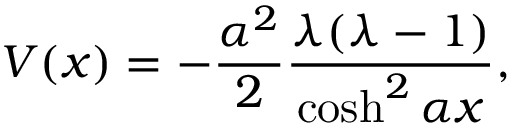
V ( x ) = - \frac { \alpha ^ { 2 } } { 2 } \frac { \lambda ( \lambda - 1 ) } { \cosh ^ { 2 } \alpha x } ,